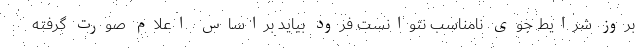
بروز شرایط جوی نامناسب نتوانست فرود بیاید براساس اعلام صورت گرفته